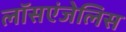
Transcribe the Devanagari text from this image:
लॉसएंजेलिस